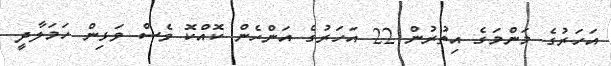
އަހަރުގެ މަންމަގެ އިތުރުން 22 އަހަރުގެ އަންހެން ކޮއްކޮ ވެސް ވަޅިން ހަމަލާދީ